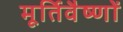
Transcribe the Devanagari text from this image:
मूर्तिवैष्णों